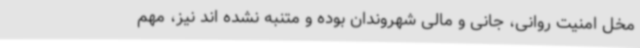
مخل امنیت روانی، جانی و مالی شهروندان بوده و متنبه نشده اند نیز، مهم